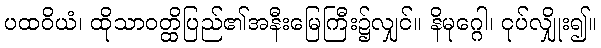
ပထဝိယံ၊ ထိုသာဝတ္ထိပြည်၏အနီးမြေကြီး၌လျှင်။ နိမုဂ္ဂေါ၊ ငုပ်လျှိုး၍။